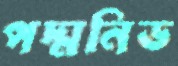
পদ্মনিভ